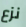
نزع